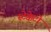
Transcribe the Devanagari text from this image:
स्टेक्केटो